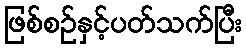
ဖြစ်စဉ်နှင့်ပတ်သက်ပြီး